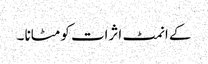
کے انمٹ اثرات کو مٹانا ۔